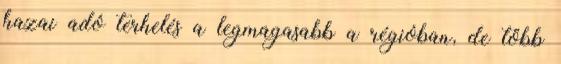
hazai adó terhelés a legmagasabb a régióban, de több